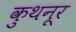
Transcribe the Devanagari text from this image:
कुथनूर